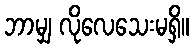
ဘာမျှ လိုလေသေးမရှိ။